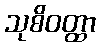
သုစိဝတ္ထာ